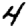
Digit: 4